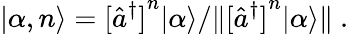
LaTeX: |\alpha,n\rangle=[{{\hat{a}}^{\dagger}]}^{n}|\alpha\rangle/\| [{{\hat{a}}^{\dagger}]}^{n}|\alpha\rangle\| ~.